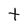
Character: t